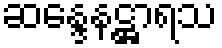
ဆန္ဒေနဋ္ဌာရသ